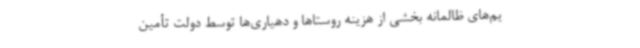
یم‌های ظالمانه بخشی از هزینه روستاها و دهیاری‌ها توسط دولت تأمین